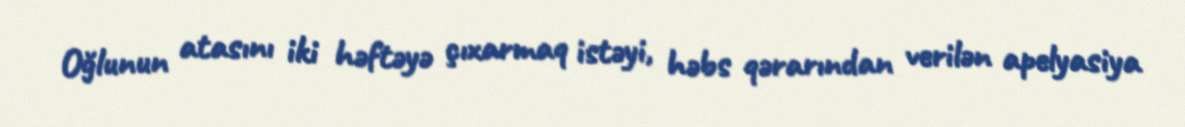
Oğlunun atasını iki həftəyə çıxarmaq istəyi, həbs qərarından verilən apelyasiya